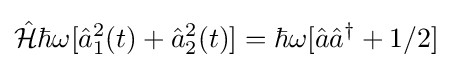
{\hat {\mathcal {H}}}\hbar \omega [{\hat {a}}_{1}^{2}(t)+{\hat {a}}_{2}^{2}(t)]=\hbar \omega [{\hat {a}}{\hat {a}}^{\dagger }+1/2]\